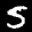
Label: 5